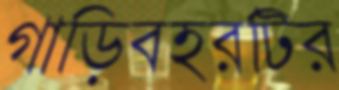
গাড়িবহরটির